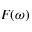
F ( \omega )